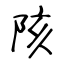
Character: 陔